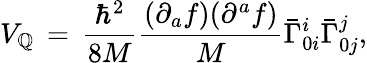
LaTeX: V_{\mathbb{Q}}\, =\, \frac{{{\hbar}^{2}}}{{8M}}\frac{{(\partial_{a}f)(\partial^{a}f)}}{{M}}{\bar{{\Gamma}}}_{0i}^{i}{\bar{{\Gamma}}}_{0j}^{j},